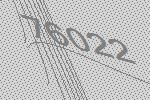
76022